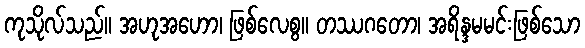
ကုသိုလ်သည်။ အဟုအဟော၊ ဖြစ်လေစွ။ တဿဂတော၊ အရိန္ဒမမင်းဖြစ်သော